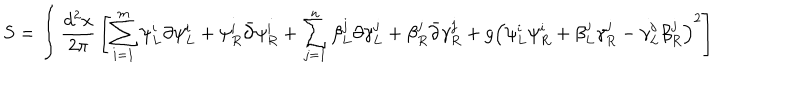
S = \int { \frac { d ^ { 2 } x } { 2 \pi } } \left[ \sum _ { i = 1 } ^ { m } \psi _ { L } ^ { i } \partial \psi _ { L } ^ { i } + \psi _ { R } ^ { i } \bar { \partial } \psi _ { R } ^ { i } + \sum _ { j = 1 } ^ { n } \beta _ { L } ^ { j } \partial \gamma _ { L } ^ { j } + \beta _ { R } ^ { j } \bar { \partial } \gamma _ { R } ^ { j } + g \left( \psi _ { L } ^ { i } \psi _ { R } ^ { i } + \beta _ { L } ^ { j } \gamma _ { R } ^ { j } - \gamma _ { L } ^ { j } \beta _ { R } ^ { j } \right) ^ { 2 } \right]